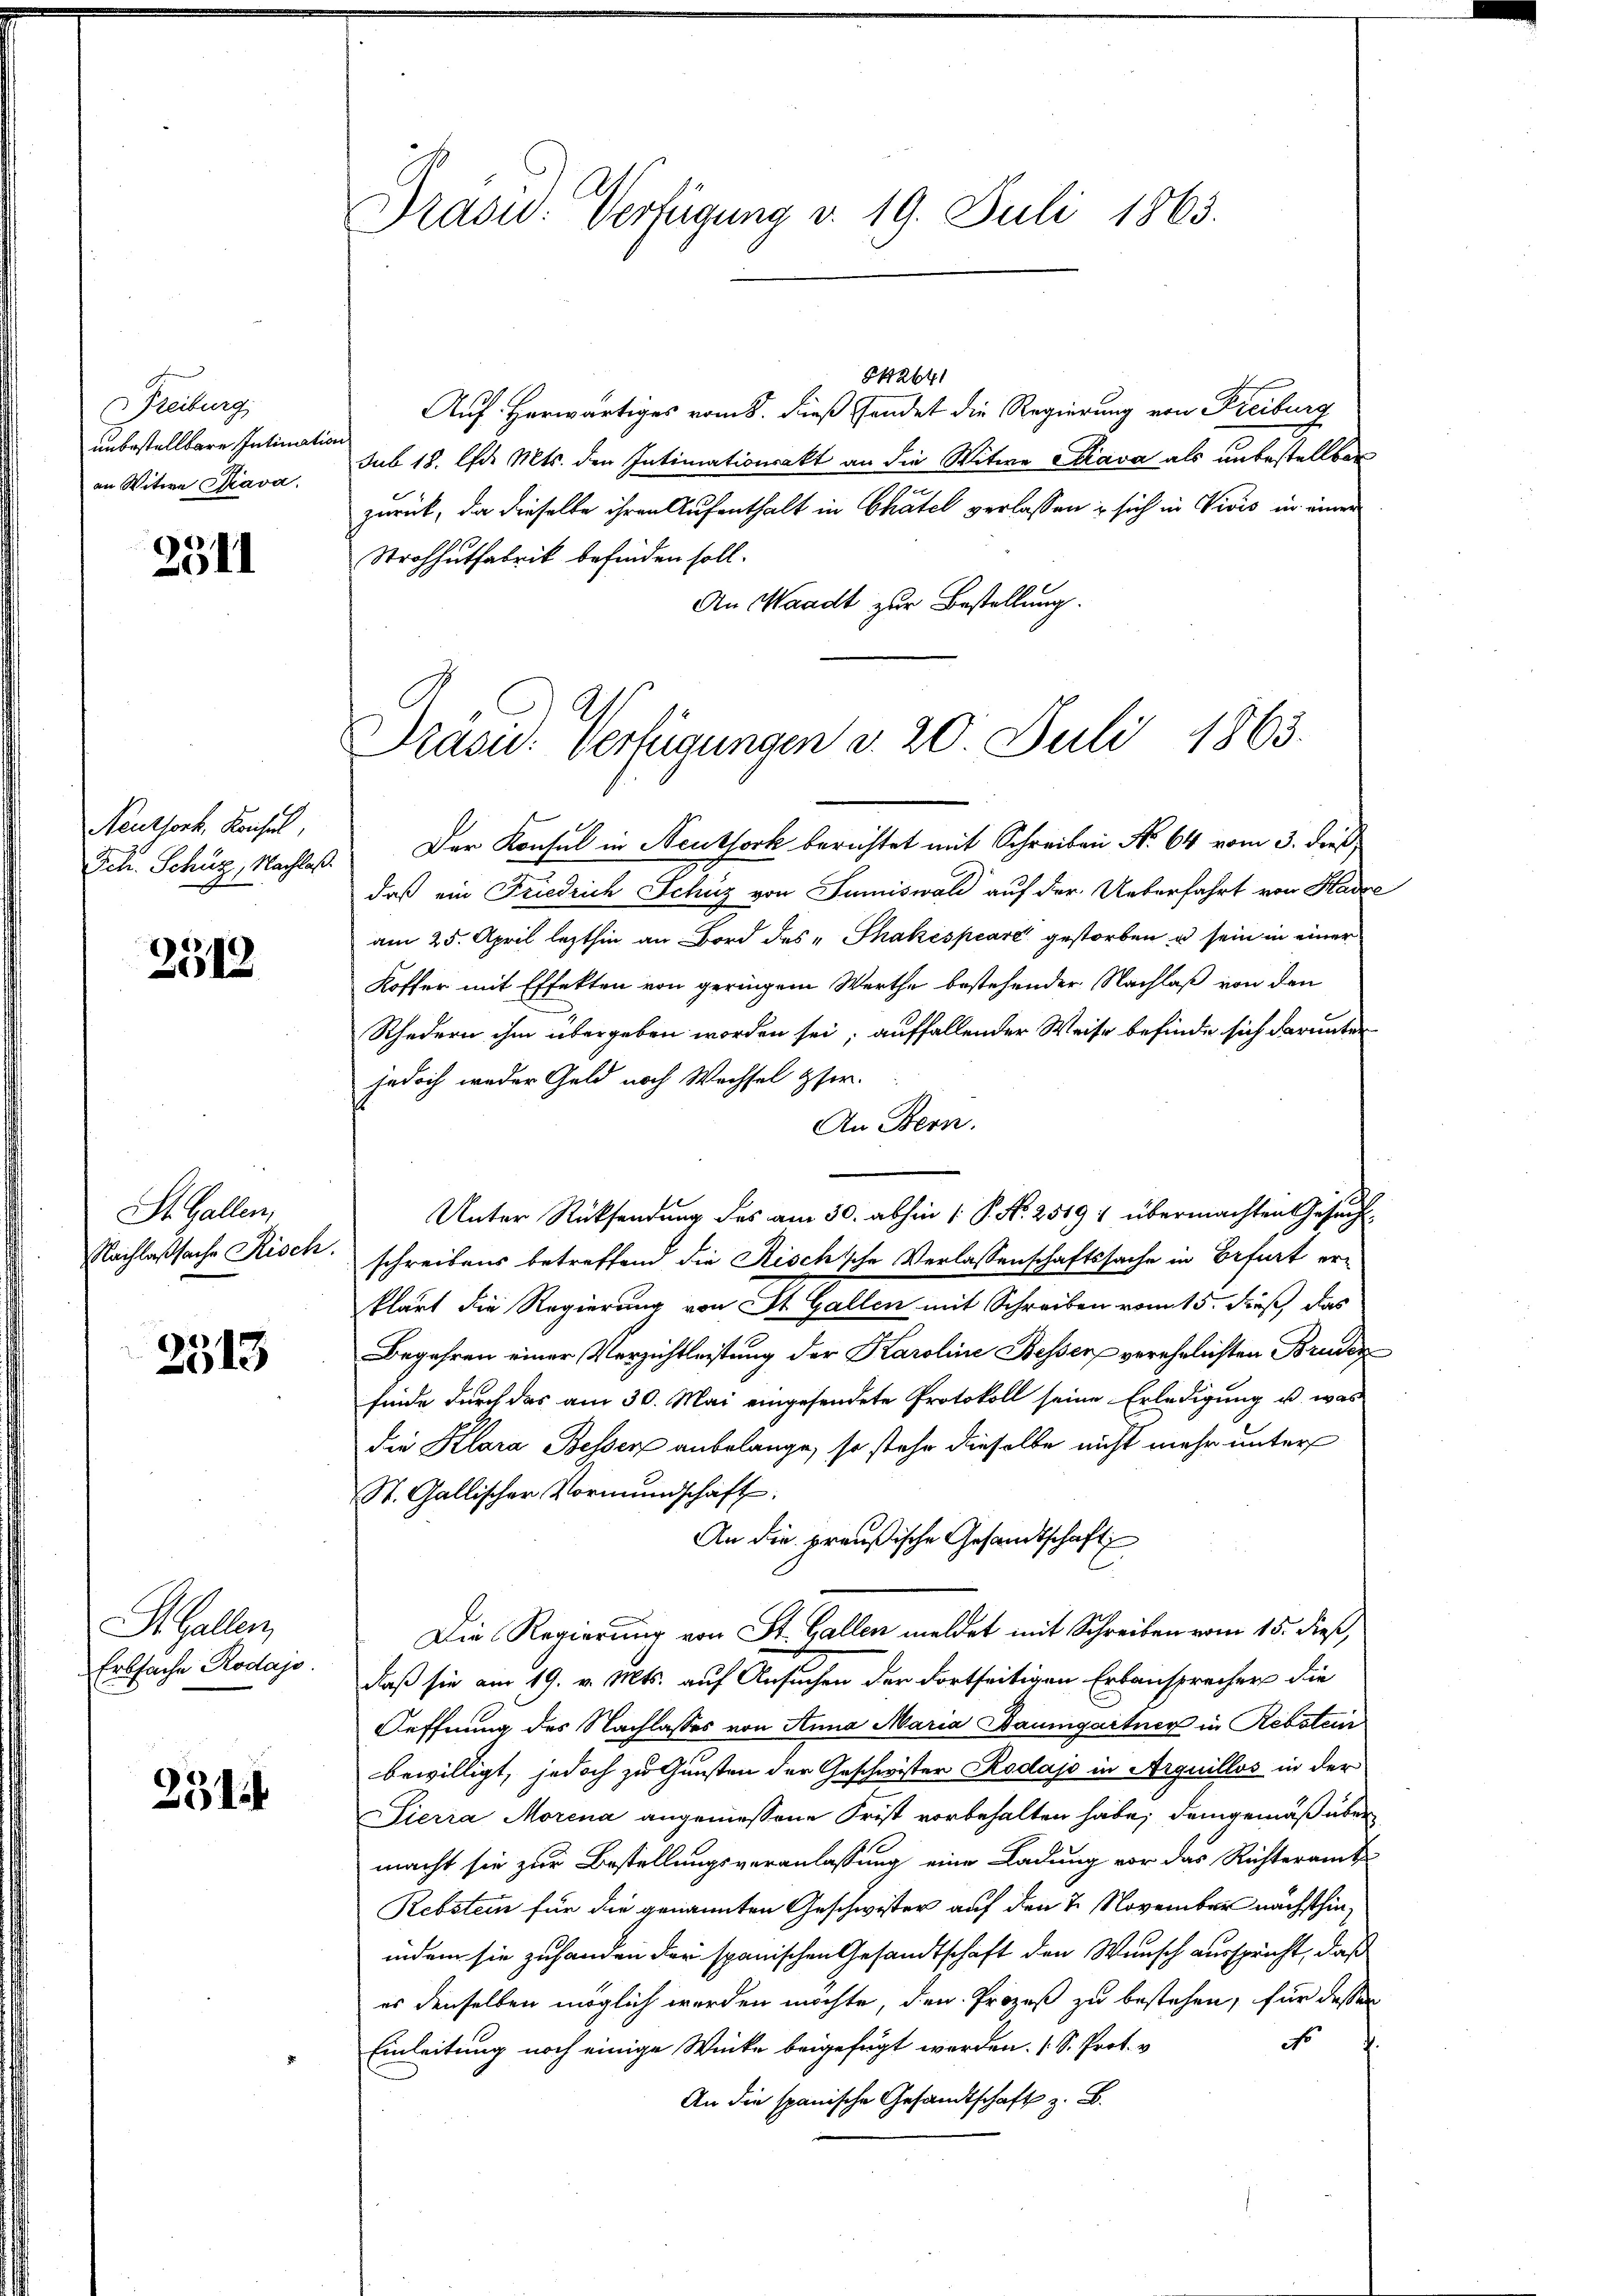
Freiburg
unbestellbare Intimati
an Witwe Pava.

2511

Neuthork, Konsul
Ich. Schutz, Nachlaß

2518

St. Gallen,

2513

St. Gallen
Erbfache Rodajo.

231

Drasid. Verfügung d. 19. Juli 1863.

842641
Auf herwärtiges vom 8. dieß sendet die Regierung von Freiburg
f
sub 18. d. Mts. den Intimationsakt an die Witwe Kava als unbestellten
n
zurück, da dieselbe ihren Aufenthalt in Chatel verlassen u sich in Vivis in einer
Strohhutfabrik befinden soll.
An Waadt zur Bestellung.

Präsid. Verfügungen d. 20. Juli 1863.

Der Konsul in Neuthork berichtet mit Schreiben No 64 vom 3. dieß,
daß ein Friedrich Schüz von Sumiswald auf der Ueberfahrt von Hadze
am 25. April lezthin an Bord des "Shakespeare gestorben u sein in einer
Koffer mit Effekten von geringem Werthe bestehender Nachlaß von den
Rhedern ihm übergeben worden sei; auffallender Weise befinde sich darunter
jedoch weder Geld noch Wechsel Eser.
An Bern.
Unter Rücksendung des am 30. abhin (: P. N. 25191 übermachten Gesuch¬
Nachlaßsache Risch. schreibens betreffend die Rischsche Verlassenschaftssache in Erfurt erklärt die Regierung von St. Gallen mit Schreiben vom 15. dieß, das
Begehren einer Verzichtleistung der Karoline Besser verehelichten Bruder
finde durch das am 30. Mai eingesendete Protokoll seine Erledigung u. was
die Klara Bessen anbelange, so stehe dieselbe nicht mehr unter
St. Gallischer Vormŭndschaft.
An die preußische Gesandtschaft
Die Regierung von St. Gallen meldet mit Schreiben vom 15. dieß,
daß sie am 19. v. Mts. auf Ansuchen der dortseitigen Erbansprecher die
Oeffnung des Nachlasses von Anna Maria Baumgartner in Rebstein
bewilligt, jedoch zu Gunsten der Geschwister Rodajo in Arguillos in der
Sierra Morena angemessene Frist vorbehalten habe; demgemäß über
macht sie zur Bestellungsveranlassung eine Ladung vor das Richteramt
Rebstein für die genannten Geschwister auf den 7. November nächsthinindem sie zuhanden der spanischen Gesandtschaft den Wunsch ausspricht, daß
es denselben möglich werden möchte, den Prozeß zu bestehen, für dessen
No 2.
Einleitung noch einige Winke beigefügt werden. [S. Prot. v.
An die spanische Gesandtschaft z. B.